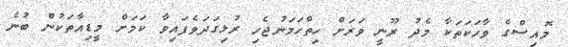
މޮއިސްގެ ވާހަކަތަކާ މެދު ރޫނީ ވަރަށް ހިތްހަމަނުޖެހި ރުޅިގަދަވެފައިވާ ކަމަށް މީޑިއާތަކުން ބުނެ